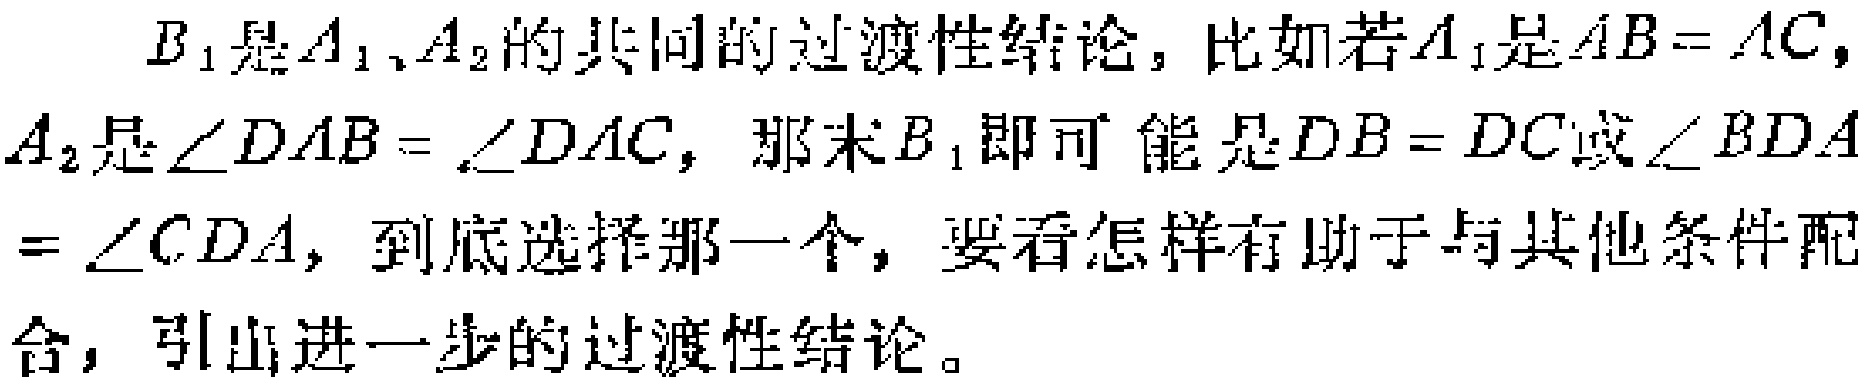
$B_{1}$是$A_{1}$、$A_{2}$的共同的过渡性结论，比如若$A_{1}$是$AB = AC$，$A_{2}$是$\angle DAB=\angle DAC$，那末$B_{1}$即可能是$DB = DC$或$\angle BDA=\angle CDA$，到底选择那一个，要看怎样有助于与其他条件配合，引出进一步的过渡性结论。